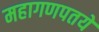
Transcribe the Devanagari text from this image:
महागणपतये